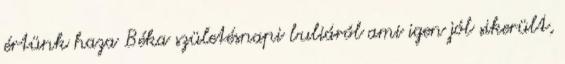
értünk haza Béka születésnapi buliáról ami igen jól sikerült,